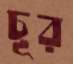
চূর